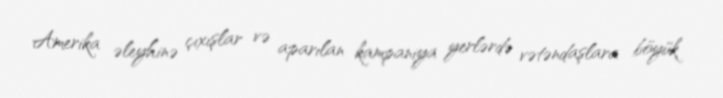
Amerika əleyhinə çıxışlar və aparılan kampaniya yerlərdə vətəndaşlara böyük